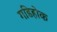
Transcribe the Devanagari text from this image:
गडिहोक